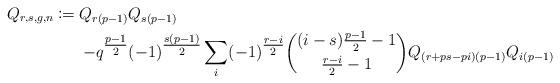
LaTeX: \begin{align*}Q_{r,s,g,n}\coloneqq Q_{r(p-1)}&Q_{s(p-1)}\\-q^{\tfrac{p-1}{2}}&(-1)^{\tfrac{s(p-1)}{2}} \sum_i (-1)^{\tfrac{r-i}{2}}\binom{(i-s)\tfrac{p-1}{2}-1}{\tfrac{r-i}{2}-1} Q_{(r+ps-pi)(p-1)}Q_{i(p-1)}\end{align*}